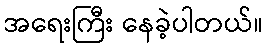
အရေးကြီး နေခဲ့ပါတယ်။